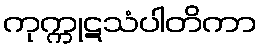
ကုက္ကုဋသံပါတိကာ